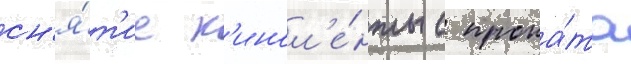
сн'я́т'ие к'инол'е́нты с прока́та